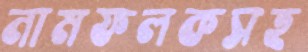
নামফলকসহ